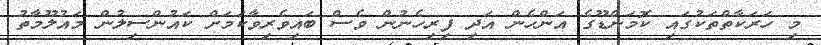
މި ހަރަކާތްތަކުގައި ކޮމަންޑޫގެ އަންހެން އަދި ފިރިހެނުން ވެސް ބައިވެރިވާކަމަށް ކައުންސިލުން މައުލޫމާތު